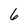
Character: 6